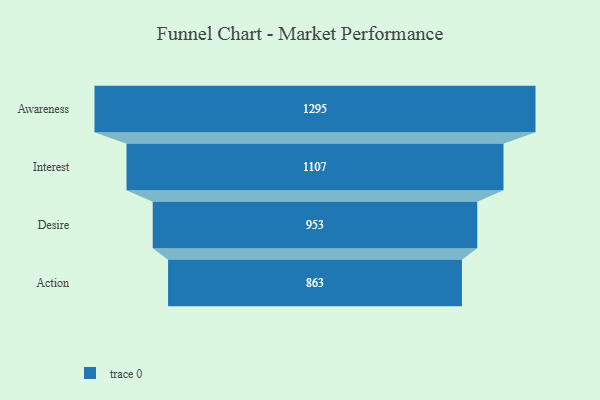
{"axis": {"x": "Stage", "y": "Value"}, "legend": [""], "data": [{"x": "Awareness", "y": 1295.0, "type": ""}, {"x": "Interest", "y": 1107.0, "type": ""}, {"x": "Desire", "y": 953.0, "type": ""}, {"x": "Action", "y": 863.0, "type": ""}]}